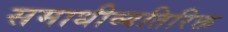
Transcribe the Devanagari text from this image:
समाधीव्यतिरिक्त